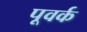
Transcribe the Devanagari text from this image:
पूवर्क